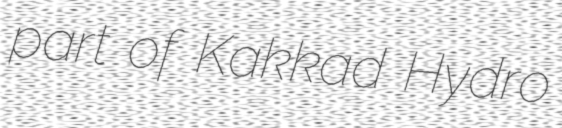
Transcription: part of Kakkad Hydro